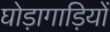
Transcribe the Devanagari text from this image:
घोड़ागाड़ियों